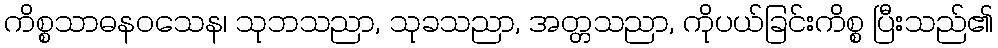
ကိစ္စသာဓနဝသေန၊ သုဘသညာ, သုခသညာ, အတ္တသညာ, ကိုပယ်ခြင်းကိစ္စ ပြီးသည်၏